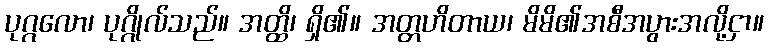
ပုဂ္ဂလော၊ ပုဂ္ဂိုလ်သည်။ အတ္ထိ၊ ရှိ၏။ အတ္တဟိတာယ၊ မိမိ၏အစီအပွားအလို့ငှာ။